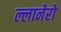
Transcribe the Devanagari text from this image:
ल्लानेरो